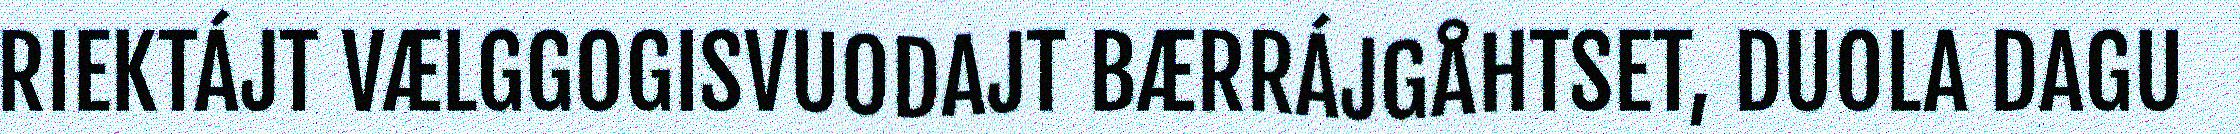
RIEKTÁJT VÆLGGOGISVUODAJT BÆRRÁJGÅHTSET, DUOLA DAGU